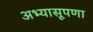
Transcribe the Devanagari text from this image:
अभ्यासूपणा